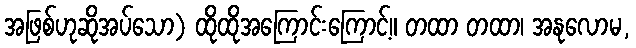
အဖြစ်ဟုဆိုအပ်သော) ထိုထိုအကြောင်းကြောင့်။ တထာ တထာ၊ အနုလောမ,